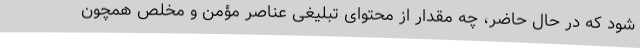
شود که در حال حاضر، چه مقدار از محتوای تبلیغی عناصر مؤمن و مخلص همچون